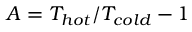
A = T _ { h o t } / T _ { c o l d } - 1